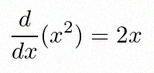
\frac{d}{dx}(x^2)=2x